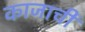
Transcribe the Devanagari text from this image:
काजाची